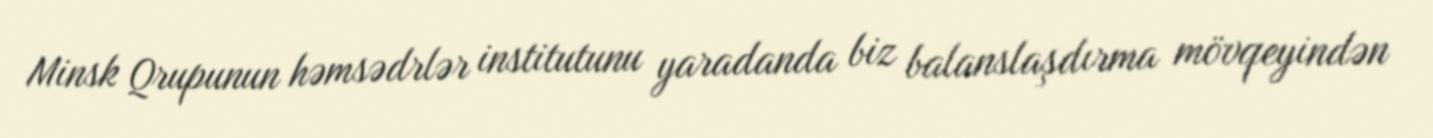
Minsk Qrupunun həmsədrlər institutunu yaradanda biz balanslaşdırma mövqeyindən